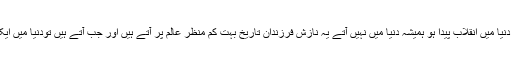
ایسے شخص جن سے مذہبی یا عقلی دنیا میں انقلاب پیدا ہو ہمیشہ دنیا میں نہیں آتے یہ نازش فرزندان تاریخ بہت کم منظر عالم پر آتے ہیں اور جب آتے ہیں تودنیا میں ایک انقلاب پیدا کرکے دکھا جاتے ہیں۔